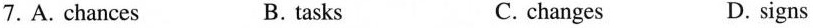
7.A.Chances B.tasks C.changes D.signs